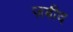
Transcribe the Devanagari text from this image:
ज़बीद